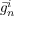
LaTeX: { \bar { g } } _ { n } ^ { i }